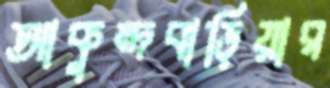
আকুন্দবাড়িয়ার